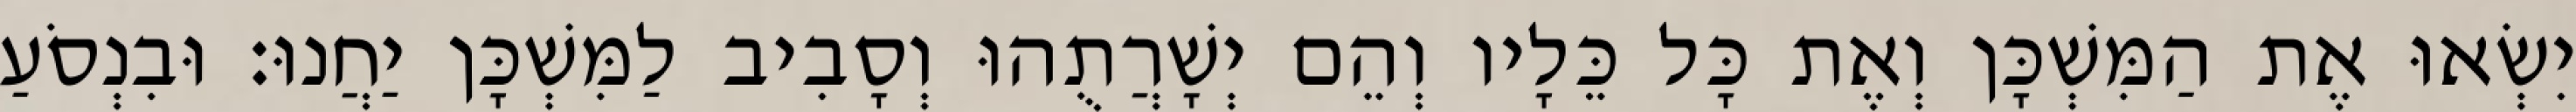
יִשְׂאוּ אֶת הַמִּשְׁכָּן וְאֶת כָּל כֵּלָיו וְהֵם יְשָׁרֲתֻהוּ וְסָבִיב לַמִּשְׁכָּן יַחֲנוּ׃ וּבִנְסֹעַ